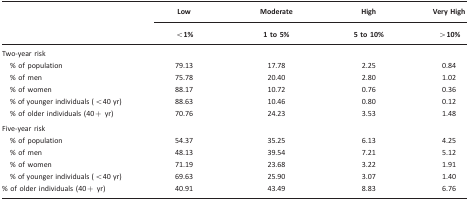
<table><thead><tr><td></td><td><b>Low</b></td><td><b>Moderate</b></td><td><b>High</b></td><td><b>Very High</b></td></tr><tr><td></td><td><b>&lt;1%</b></td><td><b>1 to 5%</b></td><td><b>5 to 10%</b></td><td><b>&gt;10%</b></td></tr></thead><tbody><tr><td>Two-year risk</td><td></td><td></td><td></td><td></td></tr><tr><td> % of population</td><td>79.13</td><td>17.78</td><td>2.25</td><td>0.84</td></tr><tr><td> % of men</td><td>75.78</td><td>20.40</td><td>2.80</td><td>1.02</td></tr><tr><td> % of women</td><td>88.17</td><td>10.72</td><td>0.76</td><td>0.36</td></tr><tr><td> % of younger individuals (&lt;40 yr)</td><td>88.63</td><td>10.46</td><td>0.80</td><td>0.12</td></tr><tr><td> % of older individuals (40+ yr)</td><td>70.76</td><td>24.23</td><td>3.53</td><td>1.48</td></tr><tr><td>Five-year risk</td><td></td><td></td><td></td><td></td></tr><tr><td> % of population</td><td>54.37</td><td>35.25</td><td>6.13</td><td>4.25</td></tr><tr><td> % of men</td><td>48.13</td><td>39.54</td><td>7.21</td><td>5.12</td></tr><tr><td> % of women</td><td>71.19</td><td>23.68</td><td>3.22</td><td>1.91</td></tr><tr><td> % of younger individuals (&lt;40 yr)</td><td>69.63</td><td>25.90</td><td>3.07</td><td>1.40</td></tr><tr><td>% of older individuals (40+ yr)</td><td>40.91</td><td>43.49</td><td>8.83</td><td>6.76</td></tr></tbody></table>